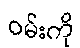
ဝမ်းကို